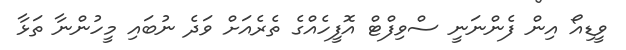
ވީޑިއޯ އިން ފެންނަނީ ސްވިފްޓް އޮފީހެއްގެ ތެރެއަށް ވަދެ ނުބައި މީހުންނާ ތަޅާ